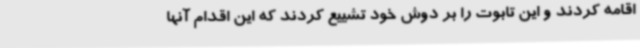
اقامه کردند و این تابوت را بر دوش خود تشییع کردند که این اقدام آنها